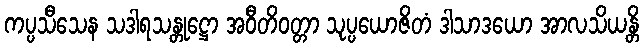
ကပ္ပသီသေန သဒါရသန္တုဋ္ဌော အဝီတိဝတ္တာ သုပ္ပယောဇိတံ ဒါသာဒယော အာလသိယန္တိ